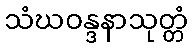
သံဃဝန္ဒနာသုတ္တံ